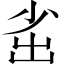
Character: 𡭲